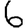
Digit: 6